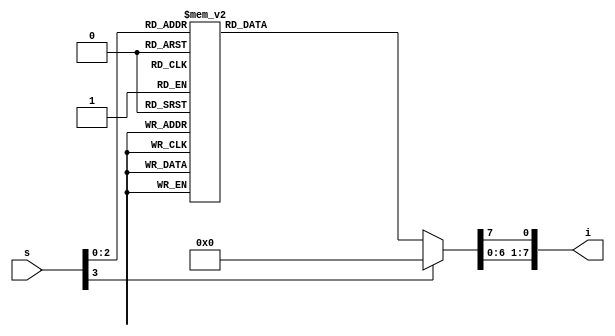
`timescale 1ns / 1ps
//////////////////////////////////////////////////////////////////////////////////
// Company: 
// Engineer: 
// 
// Design Name: 
// Module Name:    mod 
// Project Name: 
// Target Devices: 
// Tool versions: 
// Description: 
//
// Dependencies: 
//
// Revision: 
// Revision 0.01 - File Created
// Additional Comments: 
//
//////////////////////////////////////////////////////////////////////////////////
module mod(i,s);
output[7:0] i;
input[3:0] s;
reg[7:0] i;

always @ (s) begin
i = 8'b00000000;
case(s)
0: i[0]=1;
1: i[1]=1;
2: i[2]=1;
3: i[3]=1;
4: i[4]=1;
5: i[5]=1;
6: i[6]=1;
7: i[7]=1; 
endcase
end
endmodule